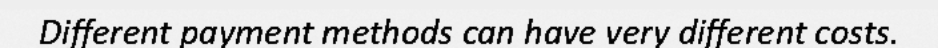
Different payment methods can have very different costs.